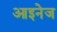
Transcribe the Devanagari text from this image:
आइनेज